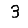
Digit: 3